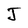
Character: J